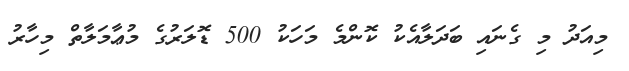
މިއަދު މި ގެނައި ބަދަލާއެކު ކޮންމެ މަހަކު 500 ޑޮލަރުގެ މުޢާމަލާތް މިހާރު